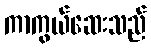
ကာကွယ်ဆေးသည်